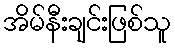
အိမ်နီးချင်းဖြစ်သူ